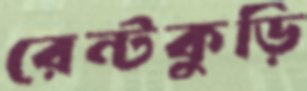
রেন্টকুড়ি